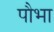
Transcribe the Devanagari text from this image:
पौभा